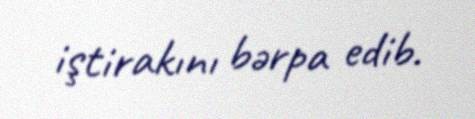
iştirakını bərpa edib.